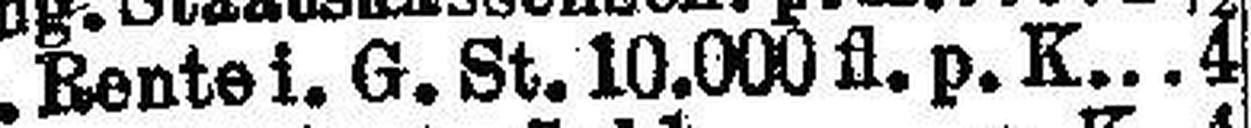
U. Konto G. St. 10.000 fl. p. K. 4